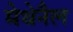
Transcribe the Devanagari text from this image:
मेथेनैल